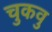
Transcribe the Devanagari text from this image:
चुकवु